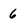
Character: 6